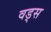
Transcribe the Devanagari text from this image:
वड्स